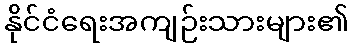
နိုင်ငံရေးအကျဉ်းသားများ၏